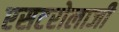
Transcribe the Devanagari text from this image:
एसटरोलाजी